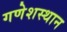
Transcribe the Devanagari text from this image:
गणेशस्थान